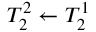
T _ { 2 } ^ { 2 } \gets T _ { 2 } ^ { 1 }